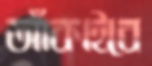
আঁকাইবে